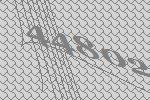
44802